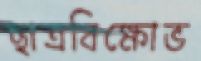
ছাত্রবিক্ষোভ